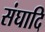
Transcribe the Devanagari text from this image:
संघादि